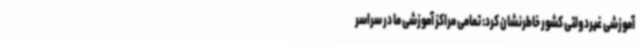
آموزشی غیردولتی کشور خاطرنشان کرد: تمامی مراکز آموزشی ما در سراسر